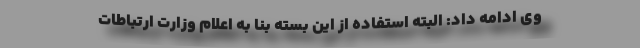
وی ادامه داد: البته استفاده از این بسته بنا به اعلام وزارت ارتباطات